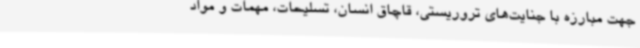
جهت مبارزه با جنایت‌های تروریستی، قاچاق انسان، تسلیحات، مهمات و مواد